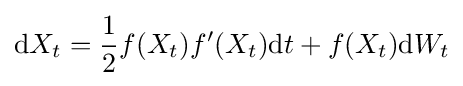
\mathrm {d} X_{t}={\frac {1}{2}}f(X_{t})f'(X_{t})\mathrm {d} t+f(X_{t})\mathrm {d} W_{t}